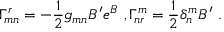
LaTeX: \Gamma _ { m n } ^ { r } = - \frac { 1 } { 2 } g _ { m n } B ^ { \prime } e ^ { B } ~ , \Gamma _ { n r } ^ { m } = \frac { 1 } { 2 } \delta _ { n } ^ { m } B ^ { \prime } ~ .